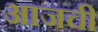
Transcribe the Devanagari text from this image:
अाजची